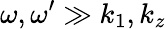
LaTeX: \omega,\omega^{\prime}\gg k_{1},k_{z}